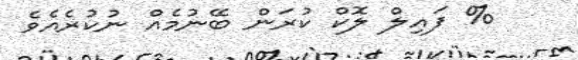
% ފައިލް ލޮކް ކުރަން ބޭނުމެއް ނުކުރެއެވެ